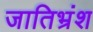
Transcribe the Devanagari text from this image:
जातिभ्रंश